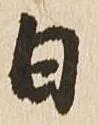
日